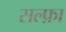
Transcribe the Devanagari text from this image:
सल्फ़ा